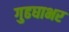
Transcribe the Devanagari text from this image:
गुढघाभर